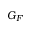
G _ { F }